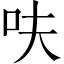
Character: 呋